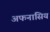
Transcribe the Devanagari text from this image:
अफनासिय